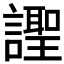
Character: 𧬼